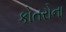
કોતરોના